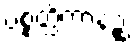
ပစ္စတ္ထိကာနဉ္စ